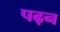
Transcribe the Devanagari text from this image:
पढ़न